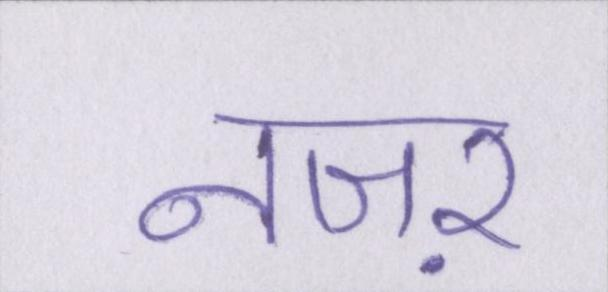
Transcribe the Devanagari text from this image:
नजऱ